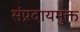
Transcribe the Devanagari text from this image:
संप्रदायमुक्त